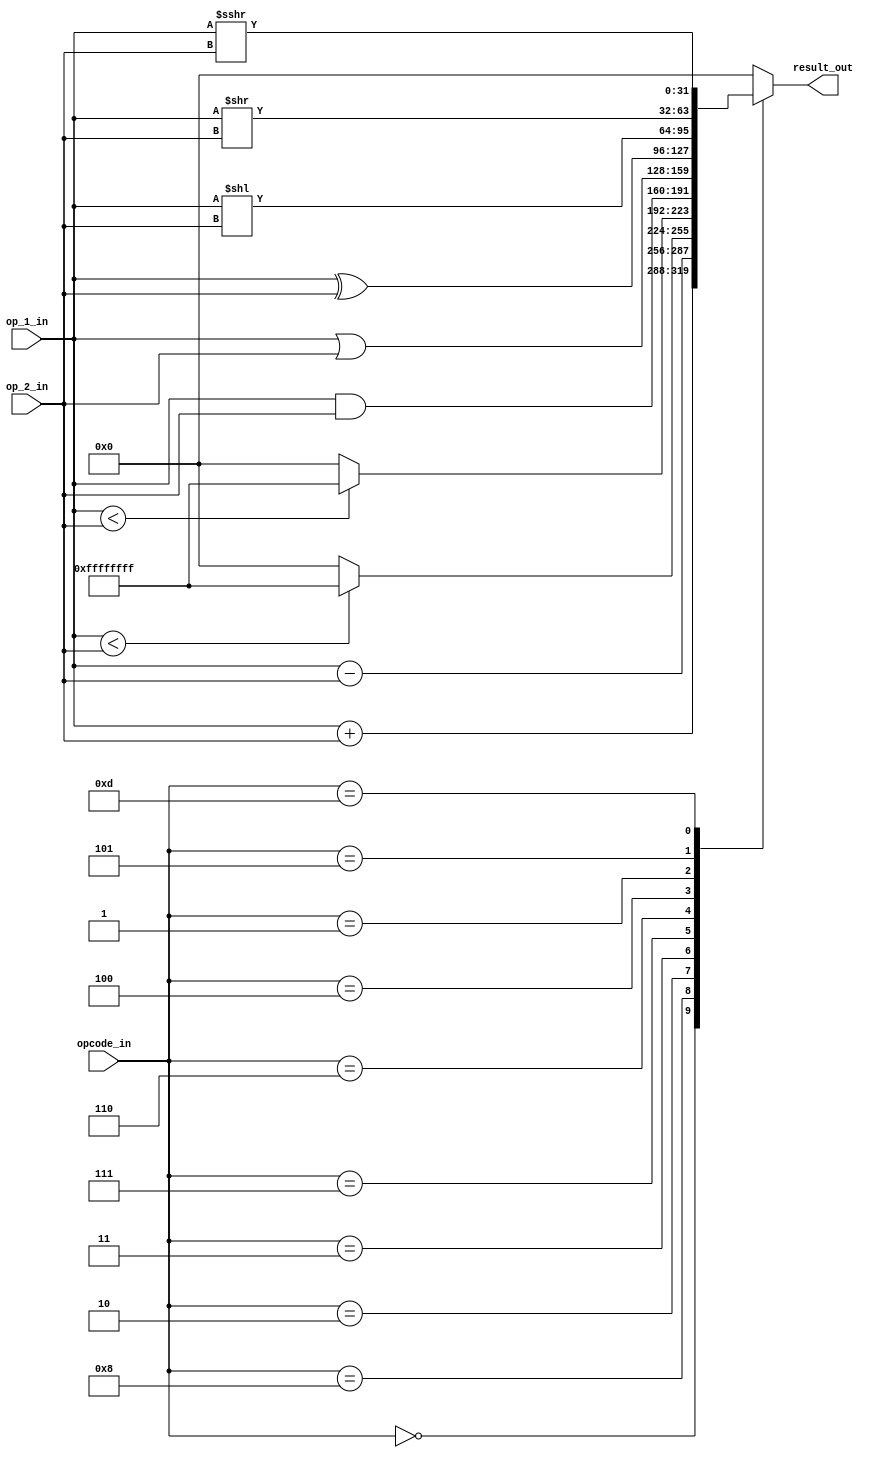
module ALU(
    input signed[31:0] op_1_in,
    input signed[31:0] op_2_in,
    input       [3:0] opcode_in,
    output signed[31:0] result_out
); // for signed no.
    
    // Declaring reg net for storinf result in procedural block
    reg signed [31:0] data_out;
    
    always @ (op_1_in, op_2_in, opcode_in)
    begin
        case (opcode_in)
            4'b0000: data_out = op_1_in + op_2_in;
            4'b1000: data_out = op_1_in - op_2_in;
            4'b0010: data_out = (op_1_in < op_2_in) ? 32'hffff_ffff:0;
            4'b0011: data_out = ($unsigned(op_1_in) < $unsigned(op_2_in)) ? 32'hffff_ffff:0;
            4'b0111: data_out = op_1_in & op_2_in;
            4'b0110: data_out = op_1_in | op_2_in;
            4'b0100: data_out = op_1_in ^ op_2_in;
            4'b0001: data_out = op_1_in << op_2_in; // logical left shiftt
            4'b0101: data_out = op_1_in >> op_2_in;
            4'b1101: data_out = op_1_in >>> op_2_in;
            default: data_out = 32'b0;
        endcase
    end
    
    assign result_out = data_out;
    
endmodule